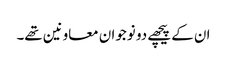
ان کے پیچھے دو نوجوان معاونین تھے۔